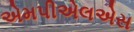
એમપીએલએસ